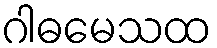
ဂါဓမေသထ